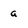
Character: a